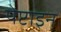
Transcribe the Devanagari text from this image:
पेप्टाइन